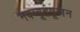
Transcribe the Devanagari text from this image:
नवव्यूहपूजन